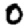
Digit: 0